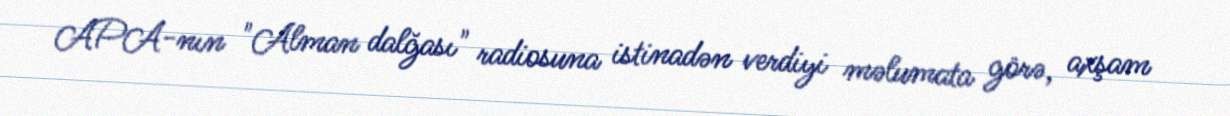
APA-nın "Alman dalğası" radiosuna istinadən verdiyi məlumata görə, axşam